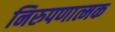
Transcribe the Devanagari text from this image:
निरुपणात्मक